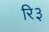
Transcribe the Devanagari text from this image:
रि३